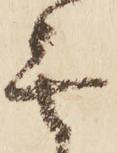
無